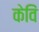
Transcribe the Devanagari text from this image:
केविं